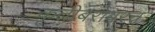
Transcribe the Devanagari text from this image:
कृतीबरोबरच